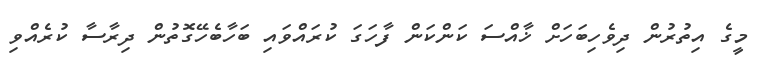
މީގެ އިތުރުން ދިވެހިބަހަށް ޚާއްސަ ކަންކަން ފާހަގަ ކުރައްވައި ބަހާބެހޭގޮތުން ދިރާސާ ކުރެއްވި